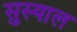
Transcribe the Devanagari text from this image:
सुस्याल